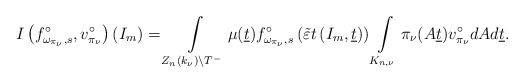
\begin{align*}I\left(f_{\omega_{\pi_\nu},s}^\circ,v^\circ_{\pi_{\nu}}\right)(I_m)=\int \limits _{Z_n(k_\nu)\backslash T^-}\mu(\underline{t})f_{\omega_{\pi_\nu},s}^\circ\left(\tilde{\varepsilon} t\left(I_m,\underline{t}\right)\right)\int\limits_{K_{n,\nu}}\pi_{\nu}(A\underline{t})v^\circ_{\pi_{\nu}} dAd\underline{t}.\end{align*}